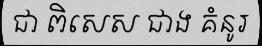
ជា ពិសេស ជាង គំនូរ